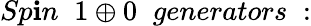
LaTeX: Sp\mathbf{i}n\; \; 1\oplus0\; \; generators\; :